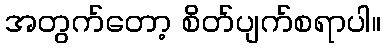
အတွက်တော့ စိတ်ပျက်စရာပါ။